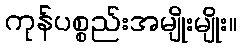
ကုန်ပစ္စည်းအမျိုးမျိုး။